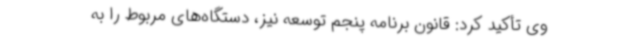
وی تأکید کرد: قانون برنامه پنجم توسعه نیز، دستگاه‌های مربوط را به